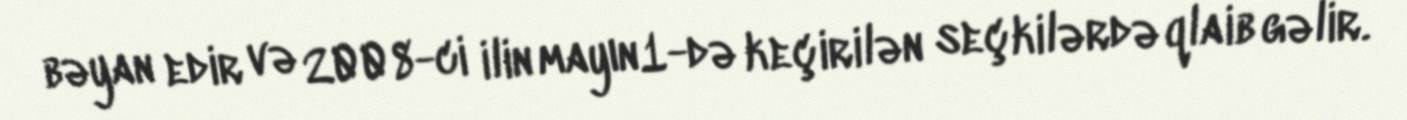
bəyan edir və 2008-ci ilin mayın1-də keçirilən seçkilərdə qlaib gəlir.